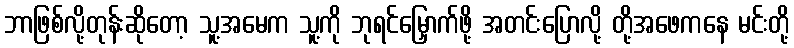
ဘာဖြစ်လို့တုန်းဆိုတော့ သူ့အမေက သူ့ကို ဘုရင်မြှောက်ဖို့ အတင်းပြောလို့ တို့အဖေကနေ မင်းတို့